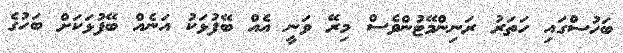
ބަހުސްގައި ހަތަރު ރަނިންމޭޓުންވެސް މިރޭ ވަނީ އެއް ބޭފުޅަކު އަނެއް ބޭފުޅަކަށް ބަހުގެ